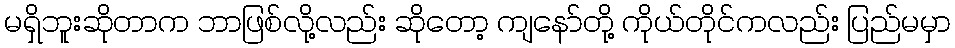
မရှိဘူးဆိုတာက ဘာဖြစ်လို့လည်း ဆိုတော့ ကျနော်တို့ ကိုယ်တိုင်ကလည်း ပြည်မမှာ